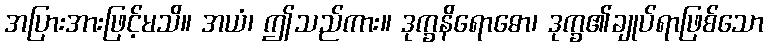
အပြားအားဖြင့်မသိ။ အယံ၊ ဤသည်ကား။ ဒုက္ခနိရောဓော၊ ဒုက္ခ၏ချုပ်ရာဖြစ်သော